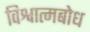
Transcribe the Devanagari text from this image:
विश्वात्मबोध